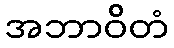
အဘာဝိတံ